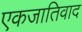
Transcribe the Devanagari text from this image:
एकजातिवाद